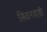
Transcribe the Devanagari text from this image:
सिकरवाड़ी